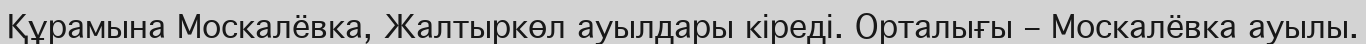
Құрамына Москалёвка, Жалтыркөл ауылдары кіреді. Орталығы – Москалёвка ауылы.